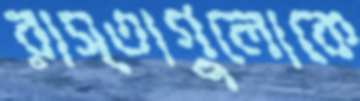
রাস্তাগুলোকে